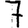
Digit: 7